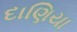
દાણિયા